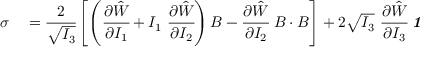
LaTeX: \begin{array} { r l } { { \boldsymbol { \sigma } } } & { { } = { \cfrac { 2 } { \sqrt { I _ { 3 } } } } \left[ \left( { \cfrac { \partial { \hat { W } } } { \partial I _ { 1 } } } + I _ { 1 } ~ { \cfrac { \partial { \hat { W } } } { \partial I _ { 2 } } } \right) { \boldsymbol { B } } - { \cfrac { \partial { \hat { W } } } { \partial I _ { 2 } } } ~ { \boldsymbol { B } } \cdot { \boldsymbol { B } } \right] + 2 { \sqrt { I _ { 3 } } } ~ { \cfrac { \partial { \hat { W } } } { \partial I _ { 3 } } } ~ { \boldsymbol { \mathit { 1 } } } } \end{array}